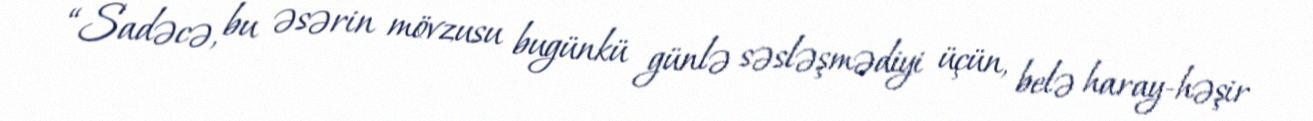
“Sadəcə, bu əsərin mövzusu bugünkü günlə səsləşmədiyi üçün, belə haray-həşir